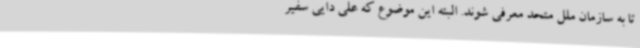
تا به سازمان ملل متحد معرفی شوند. البته این موضوع که علی دایی سفیر